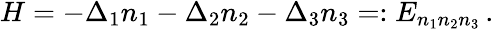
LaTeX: \begin{array}{r}{H=-\Delta_{1}n_{1}-\Delta_{2}n_{2}-\Delta_{3}n_{3}=:E_{n_{1}n_{2}n_{3}}\, .}\end{array}